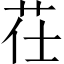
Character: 茌